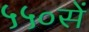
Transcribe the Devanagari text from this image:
५५०सें